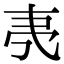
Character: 𬻒